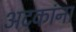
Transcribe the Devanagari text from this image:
अटकांना